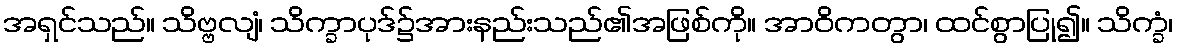
အရှင်သည်။ သိဗ္ဗလျံ၊ သိက္ခာပုဒ်၌အားနည်းသည်၏အဖြစ်ကို။ အာဝိကတွာ၊ ထင်စွာပြု၍။ သိက္ခံ၊